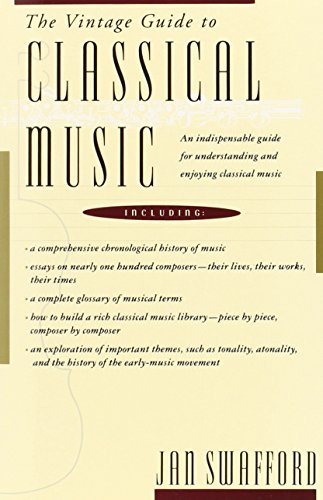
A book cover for The Vintage Guide to Classical Music; Jan Swafford; Arts & Photography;